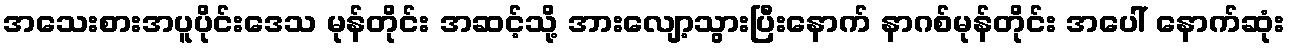
အသေးစားအပူပိုင်းဒေသ မုန်တိုင်း အဆင့်သို့ အားလျော့သွားပြီးနောက် နာဂစ်မုန်တိုင်း အပေါ် နောက်ဆုံး